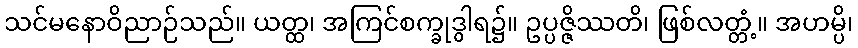
သင်မနောဝိညာဉ်သည်။ ယတ္ထ၊ အကြင်စက္ခုဒွါရ၌။ ဥပ္ပဇ္ဇိဿတိ၊ ဖြစ်လတ္တံ့။ အဟမ္ပိ၊